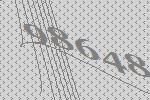
98648